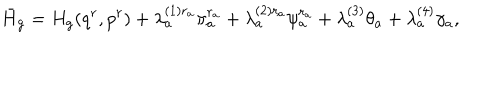
\bar { H } _ { \mathrm { g } } = H _ { \mathrm { g } } ( q ^ { r } , p ^ { r } ) + \lambda _ { a } ^ { ( 1 ) r _ { a } } \pi _ { a } ^ { r _ { a } } + \lambda _ { a } ^ { ( 2 ) r _ { a } } \psi _ { a } ^ { r _ { a } } + \lambda _ { a } ^ { ( 3 ) } \theta _ { a } + \lambda _ { a } ^ { ( 4 ) } \gamma _ { a } ,